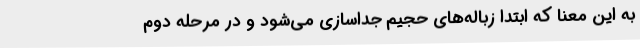
به این معنا که ابتدا زباله‌های حجیم جداسازی می‌شود و در مرحله دوم